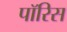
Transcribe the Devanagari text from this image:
पॉरिस